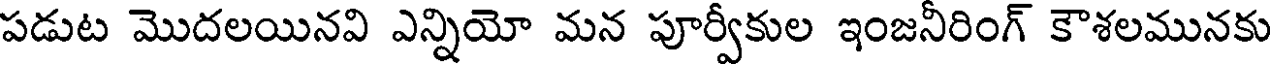
పడుట మొదలయినవి ఎన్నియో మన పూర్వీకుల ఇంజనీరింగ్ కౌశలమునకు